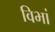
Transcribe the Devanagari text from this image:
विभां